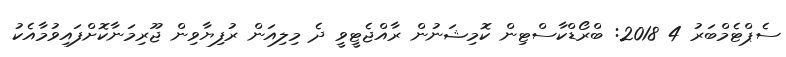
ސެޕްޓެމްބަރު 4 2018: ބްރޯޑްކާސްޓިން ކޮމިޝަނުން ރާއްޖެޓީވީ ދެ މިލިއަން ރުފިޔާވިން ޖޫރިމަނާކޮށްފައިވުމާއެކު